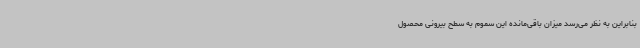
بنابراین به نظر می‌رسد میزان باقی‌مانده این سموم به سطح بیرونی محصول